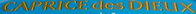
CAPRICE des DIEUX